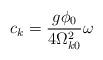
LaTeX: \begin{align*}c_k=\frac{g\phi _0}{4\Omega _{k0}^2}\omega\end{align*}